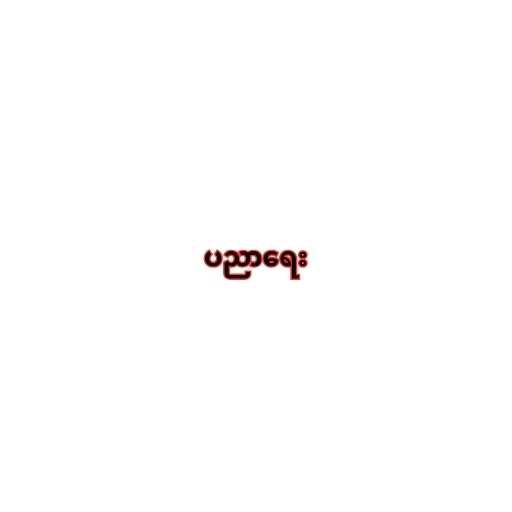
ပညာရေး